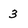
Character: 3